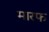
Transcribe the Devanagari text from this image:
मारफ